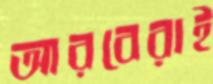
আরবেরাই